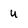
Character: u